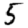
Digit: 5